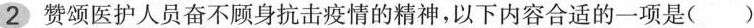
2赞颂医护人员奋不顾身抗击疫情的精神，以下内容合适的一项是()